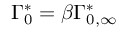
\Gamma _ { 0 } ^ { * } = \beta \Gamma _ { 0 , \infty } ^ { * }